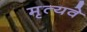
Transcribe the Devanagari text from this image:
मृत्यवे